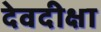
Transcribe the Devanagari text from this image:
देवदीक्षा